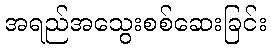
အရည်အသွေးစစ်ဆေးခြင်း